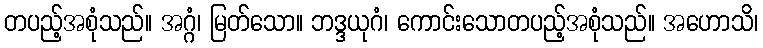
တပည့်အစုံသည်။ အဂ္ဂံ၊ မြတ်သော။ ဘဒ္ဒယုဂံ၊ ကောင်းသောတပည့်အစုံသည်။ အဟောသိ၊